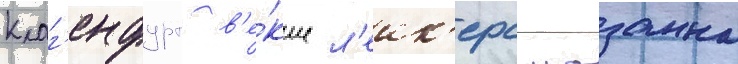
Клаг'енфурт в'е́кше л'еик'ерс лозанна